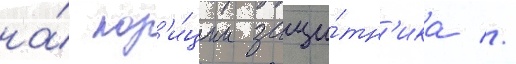
на́ поз'и́ции защи́тн'ика //